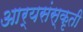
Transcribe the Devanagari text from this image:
आर्यसंस्कृती